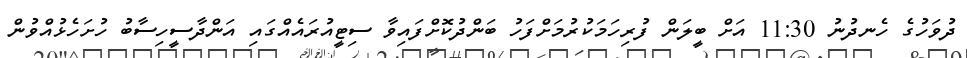
ދުވަހުގެ ހެނދުނު 11:30 އަށް ބީލަން ފުރިހަމަކުރުމަށްފަހު ބަންދުކޮށްފައިވާ ސިޓީއުރައެއްގައި އަންދާސީހިސާބު ހުށަހެޅުއްވުން